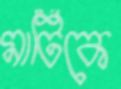
মাটিকে